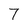
Character: 7